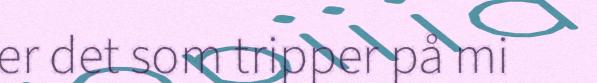
er det som tripper på mi